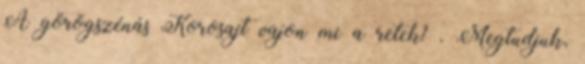
A görögszénás Korosajt vajon mi a retek? . Megtudjuk,